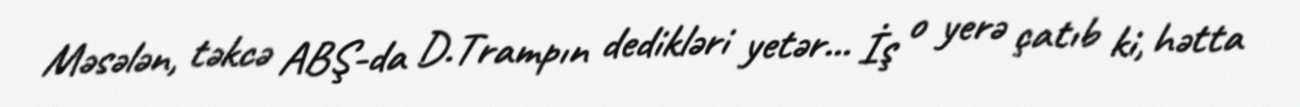
Məsələn, təkcə ABŞ-da D.Trampın dedikləri yetər... İş o yerə çatıb ki, hətta